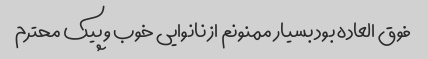
فوق العاده بود بسیار ممنونم از نانوایی خوب و پیک محترم